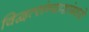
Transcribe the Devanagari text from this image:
विद्वत्संन्याशांमध्ये